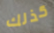
كذلك